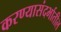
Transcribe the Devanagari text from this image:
करण्यासंदर्भातील